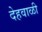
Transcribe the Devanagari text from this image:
देहवाळी